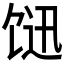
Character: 𩠇